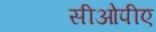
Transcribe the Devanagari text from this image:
सीओपीए